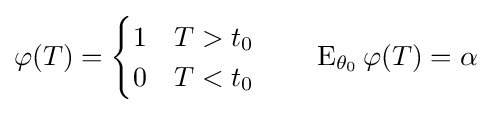
\varphi (T)={\begin{cases}1&T>t_{0}\\0&T<t_{0}\end{cases}}\qquad \operatorname {E} _{\theta _{0}}\varphi (T)=\alpha